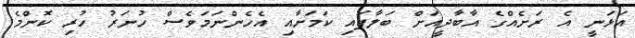
އަޅަނީ އެ ރަށެއްގެ އާބާދީއަށް ބަލާފައި ކަމަށާއި އެހެންނަމަވެސް ހުނަރު ހުރި ކޮންމެ